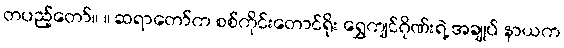
တပည့်တော်။ ။ ဆရာတော်က စစ်ကိုင်းတောင်ရိုး ရွှေကျင်ဂိုဏ်းရဲ့ အချုပ် နာယက